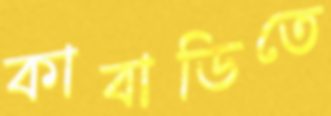
কাবাডিতে